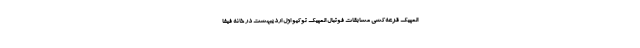
المپیک قرعه‌کشی مسابقات فوتبال المپیک توکیو اول اردیبهشت در خانه فیفا